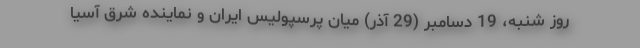
روز شنبه، 19 دسامبر (29 آذر) میان پرسپولیس ایران و نماینده شرق آسیا